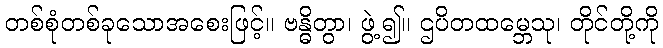
တစ်စုံတစ်ခုသောအစေးဖြင့်။ ဗန္ဓိတွာ၊ ဖွဲ့၍။ ဌပိတထမ္ဘေသု၊ တိုင်တို့ကို